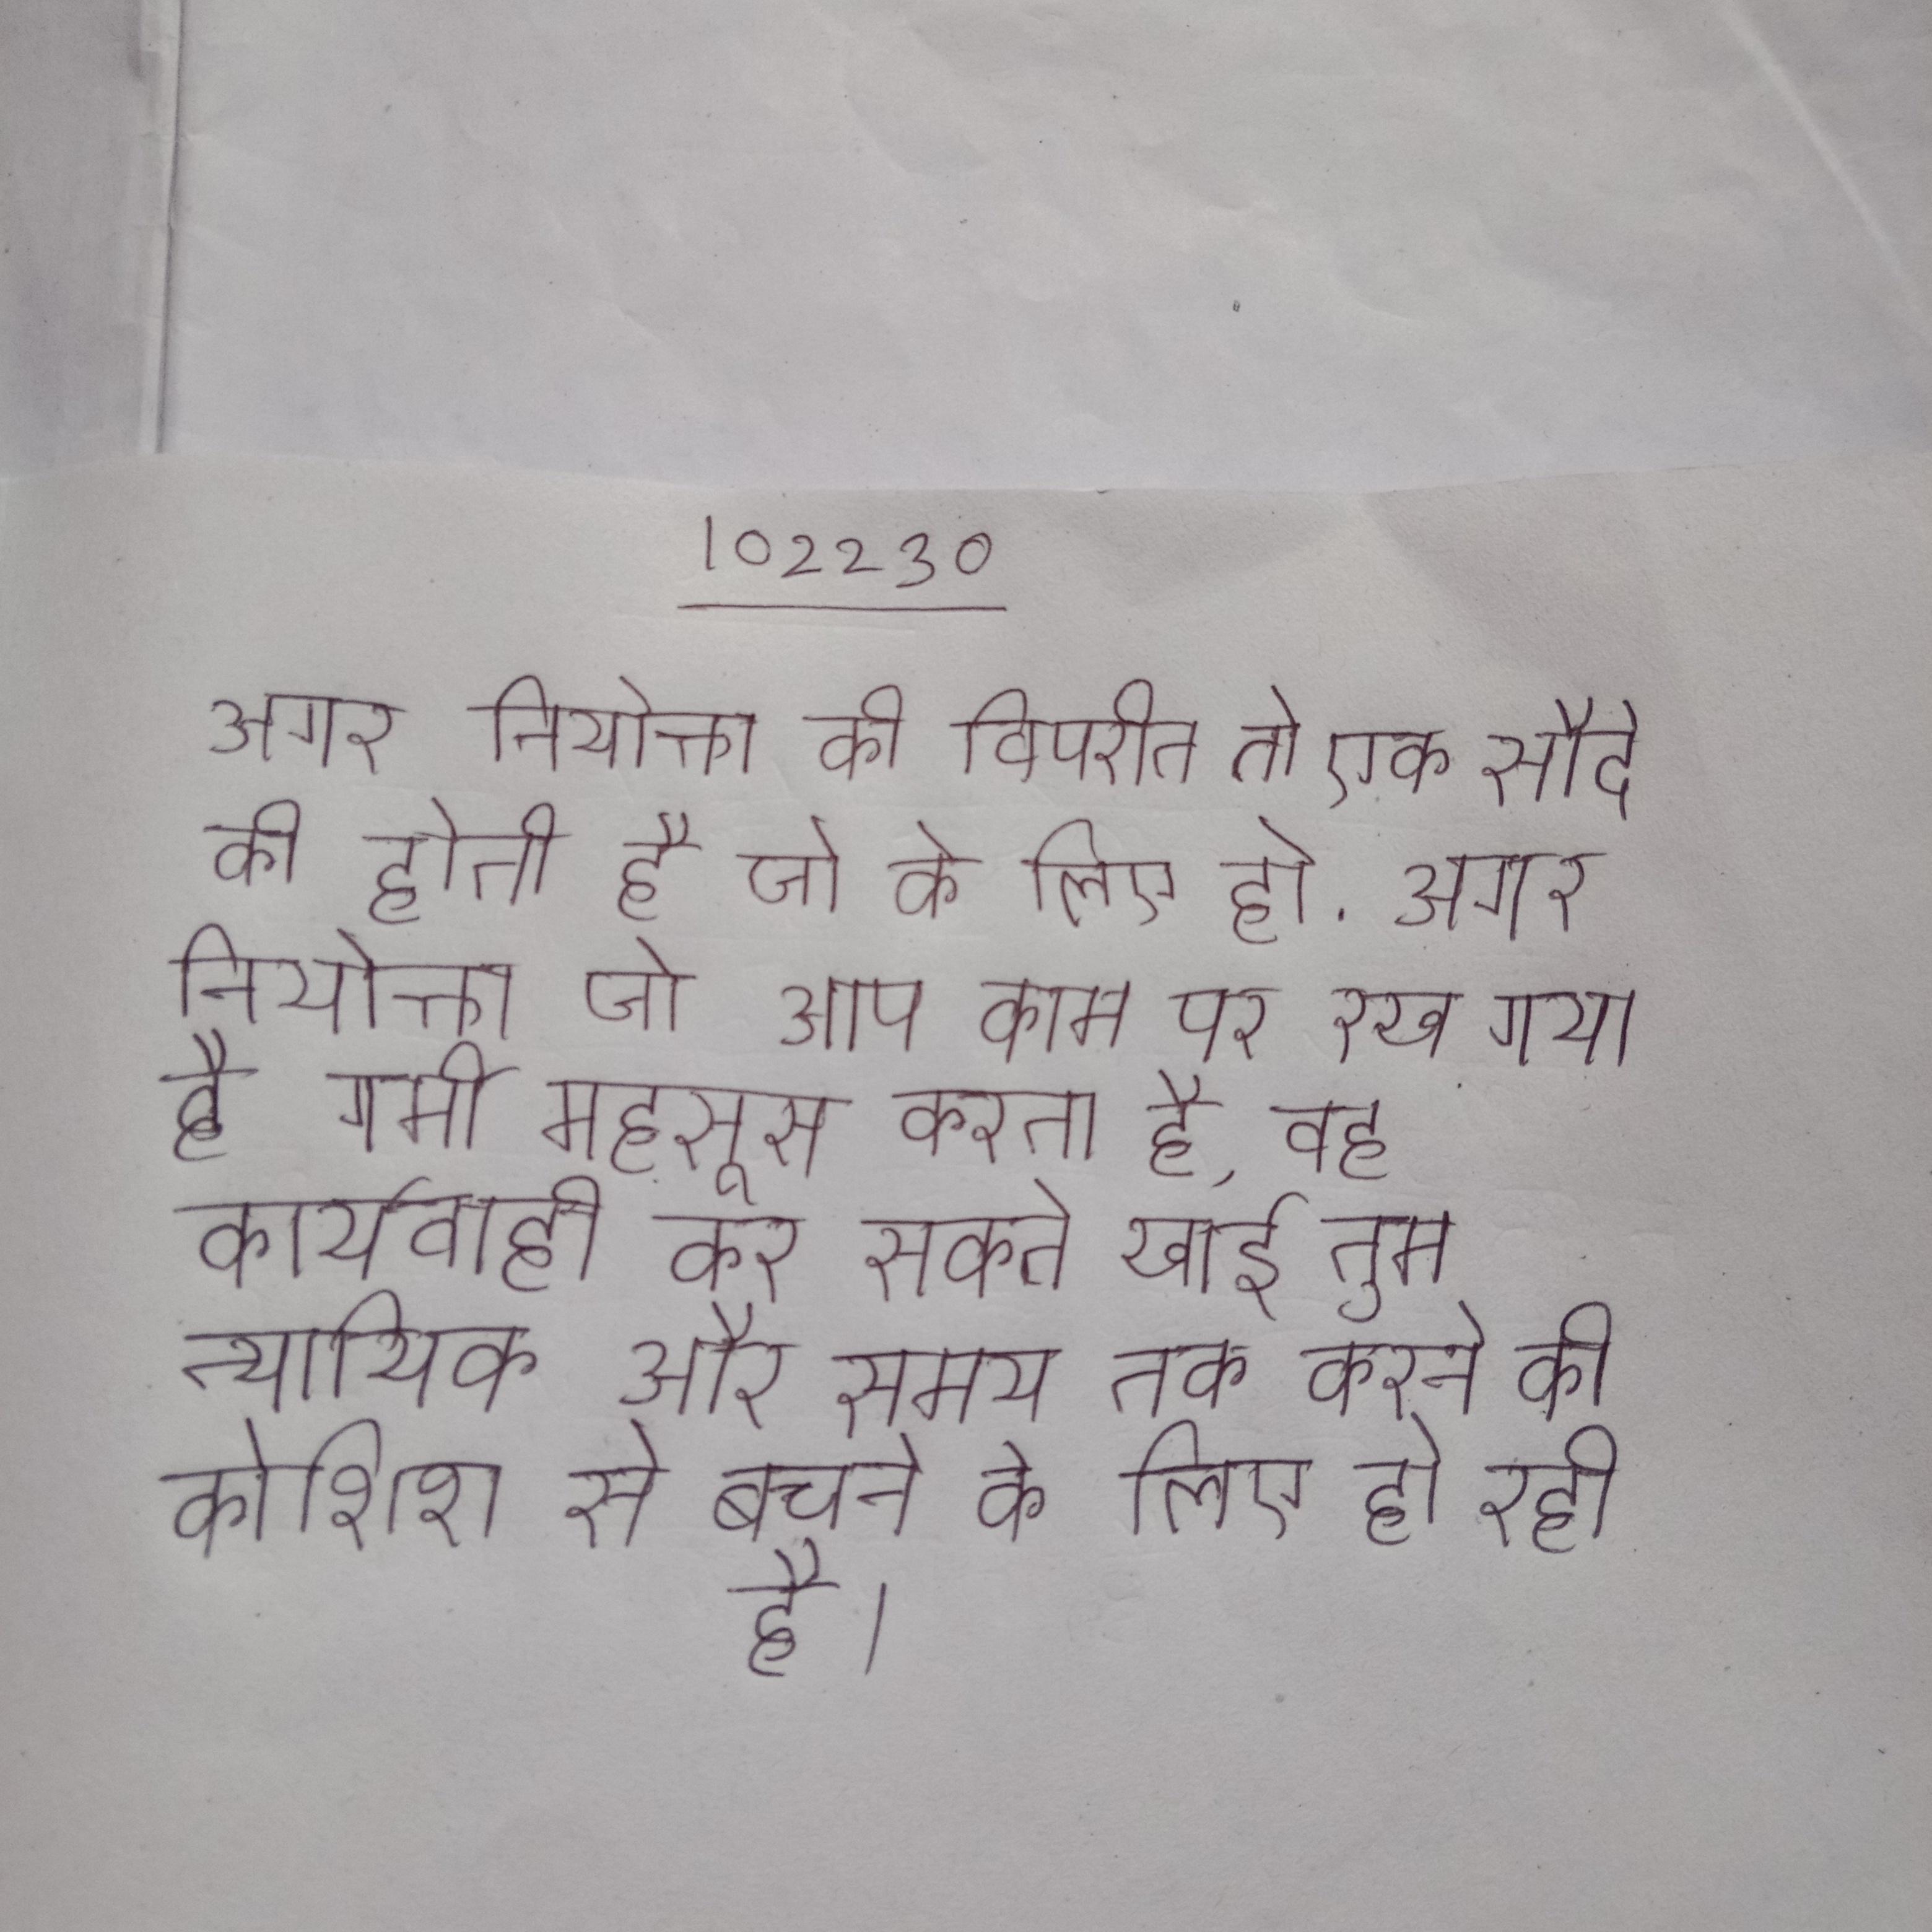
अगर नियोक्ता की विपरीत तो एक सौदे की होती है जो के लिए हो . अगर नियोक्ता जो आप काम पर रखा गया है गर्मी महसूस करता है, वह कार्यवाही कर सकते खाई तुम न्यायिक और समय तक करने की कोशिश से बचने के लिए हो रही है ।